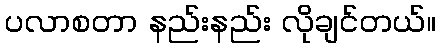
ပလာစတာ နည်းနည်း လိုချင်တယ်။